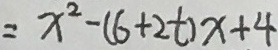
= x ^ { 2 } - ( 6 + 2 t ) x + 4